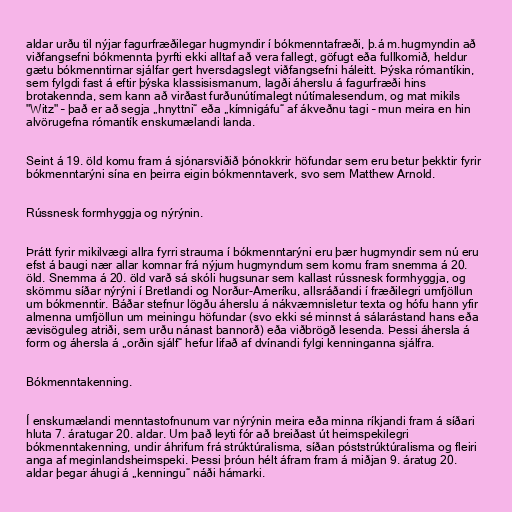
aldar urðu til nýjar fagurfræðilegar hugmyndir í bókmenntafræði, þ.á m.hugmyndin að
viðfangsefni bókmennta þyrfti ekki alltaf að vera fallegt, göfugt eða fullkomið, heldur
gætu bókmenntirnar sjálfar gert hversdagslegt viðfangsefni háleitt. Þýska rómantíkin,
sem fylgdi fast á eftir þýska klassisismanum, lagði áherslu á fagurfræði hins
brotakennda, sem kann að virðast furðunútímalegt nútímalesendum, og mat mikils
"Witz" – það er að segja „hnyttni“ eða „kímnigáfu“ af ákveðnu tagi – mun meira en hin
alvörugefna rómantík enskumælandi landa.

Seint á 19. öld komu fram á sjónarsviðið þónokkrir höfundar sem eru betur þekktir fyrir
bókmenntarýni sína en þeirra eigin bókmenntaverk, svo sem Matthew Arnold.

Rússnesk formhyggja og nýrýnin.

Þrátt fyrir mikilvægi allra fyrri strauma í bókmenntarýni eru þær hugmyndir sem nú eru
efst á baugi nær allar komnar frá nýjum hugmyndum sem komu fram snemma á 20.
öld. Snemma á 20. öld varð sá skóli hugsunar sem kallast rússnesk formhyggja, og
skömmu síðar nýrýni í Bretlandi og Norður-Ameríku, allsráðandi í fræðilegri umfjöllun
um bókmenntir. Báðar stefnur lögðu áherslu á nákvæmnisletur texta og hófu hann yfir
almenna umfjöllun um meiningu höfundar (svo ekki sé minnst á sálarástand hans eða
ævisöguleg atriði, sem urðu nánast bannorð) eða viðbrögð lesenda. Þessi áhersla á
form og áhersla á „orðin sjálf“ hefur lifað af dvínandi fylgi kenninganna sjálfra.

Bókmenntakenning.

Í enskumælandi menntastofnunum var nýrýnin meira eða minna ríkjandi fram á síðari
hluta 7. áratugar 20. aldar. Um það leyti fór að breiðast út heimspekilegri
bókmenntakenning, undir áhrifum frá strúktúralisma, síðan póststrúktúralisma og fleiri
anga af meginlandsheimspeki. Þessi þróun hélt áfram fram á miðjan 9. áratug 20.
aldar þegar áhugi á „kenningu“ náði hámarki.